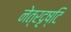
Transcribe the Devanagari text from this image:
नेत्रदृष्टि